Annual vaccination report of Bihar and Orissa - 1911-1928
Year: 1911
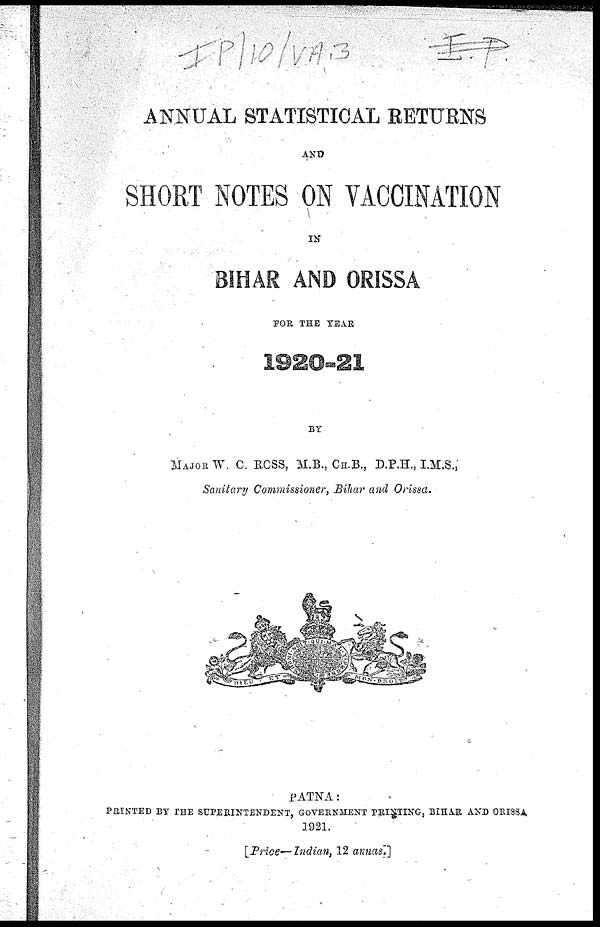
ANNUAL STATISTICAL RETURNS
AND
SHORT NOTES ON VACCINATION
IN
BIHAR AND ORISSA
FOR THE YEAR
1920-21
BY
MAJOR W. C. ROSS, M.B., CH.B., D.P.H., I.M.S.,
Sanitary Commissioner, Bihar and Orissa.
PATNA:
PRINTED BY THE SUPERINTENDENT, GOVERNMENT PRINTING, BIHAR AND ORISSA
1921.
[Price—Indian, 12 annas.]